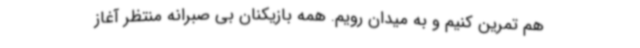
هم تمرین کنیم و به میدان رویم. همه بازیکنان بی صبرانه منتظر آغاز